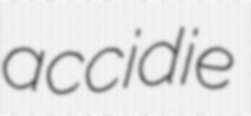
accidie